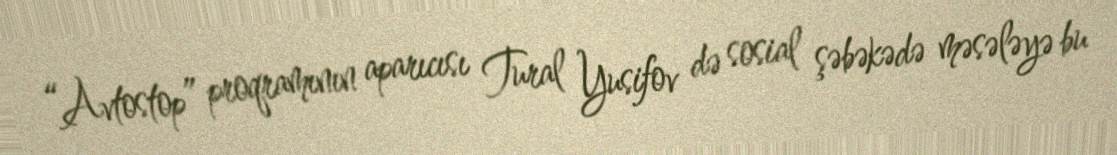
“Avtostop” proqramının aparıcısı Tural Yusifov də sosial şəbəkədə məsələyə bu